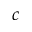
c